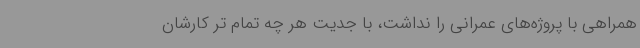
همراهی با پروژه‌های عمرانی را نداشت، با جدیت هر چه تمام تر کارشان